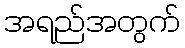
အရည်အတွက်